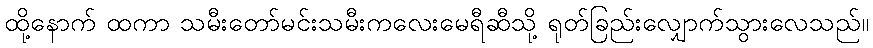
ထို့နောက် ထကာ သမီးတော်မင်းသမီးကလေးမေရီဆီသို့ ရုတ်ခြည်းလျှောက်သွားလေသည်။